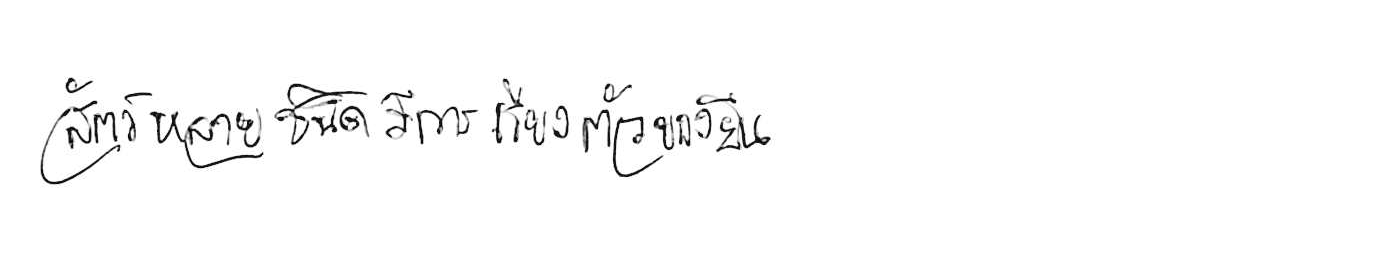
สัตว์หลายชนิดมีการเรียงตัวของยีน